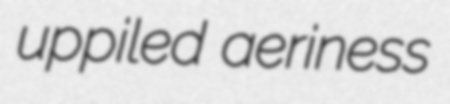
uppiled aeriness